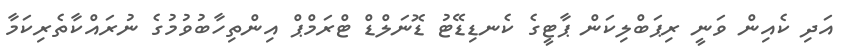
އަދި ކެއިން ވަނީ ރިޕަބްލިކަން ޕާޓީގެ ކެނޑިޑޭޓު ޑޮނަލްޑް ޓްރަމްޕް އިންތިހާބުވުމުގެ ނުރައްކާތެރިކަމާ